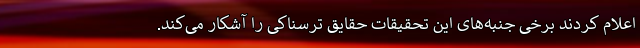
اعلام کردند برخی جنبه‌های این تحقیقات حقایق ترسناکی را آشکار می‌کند.